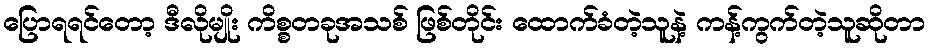
ပြောရရင်တော့ ဒီလိုမျိုး ကိစ္စတခုအသစ် ဖြစ်တိုင်း ထောက်ခံတဲ့သူနဲ့ ကန့်ကွက်တဲ့သူဆိုတာ